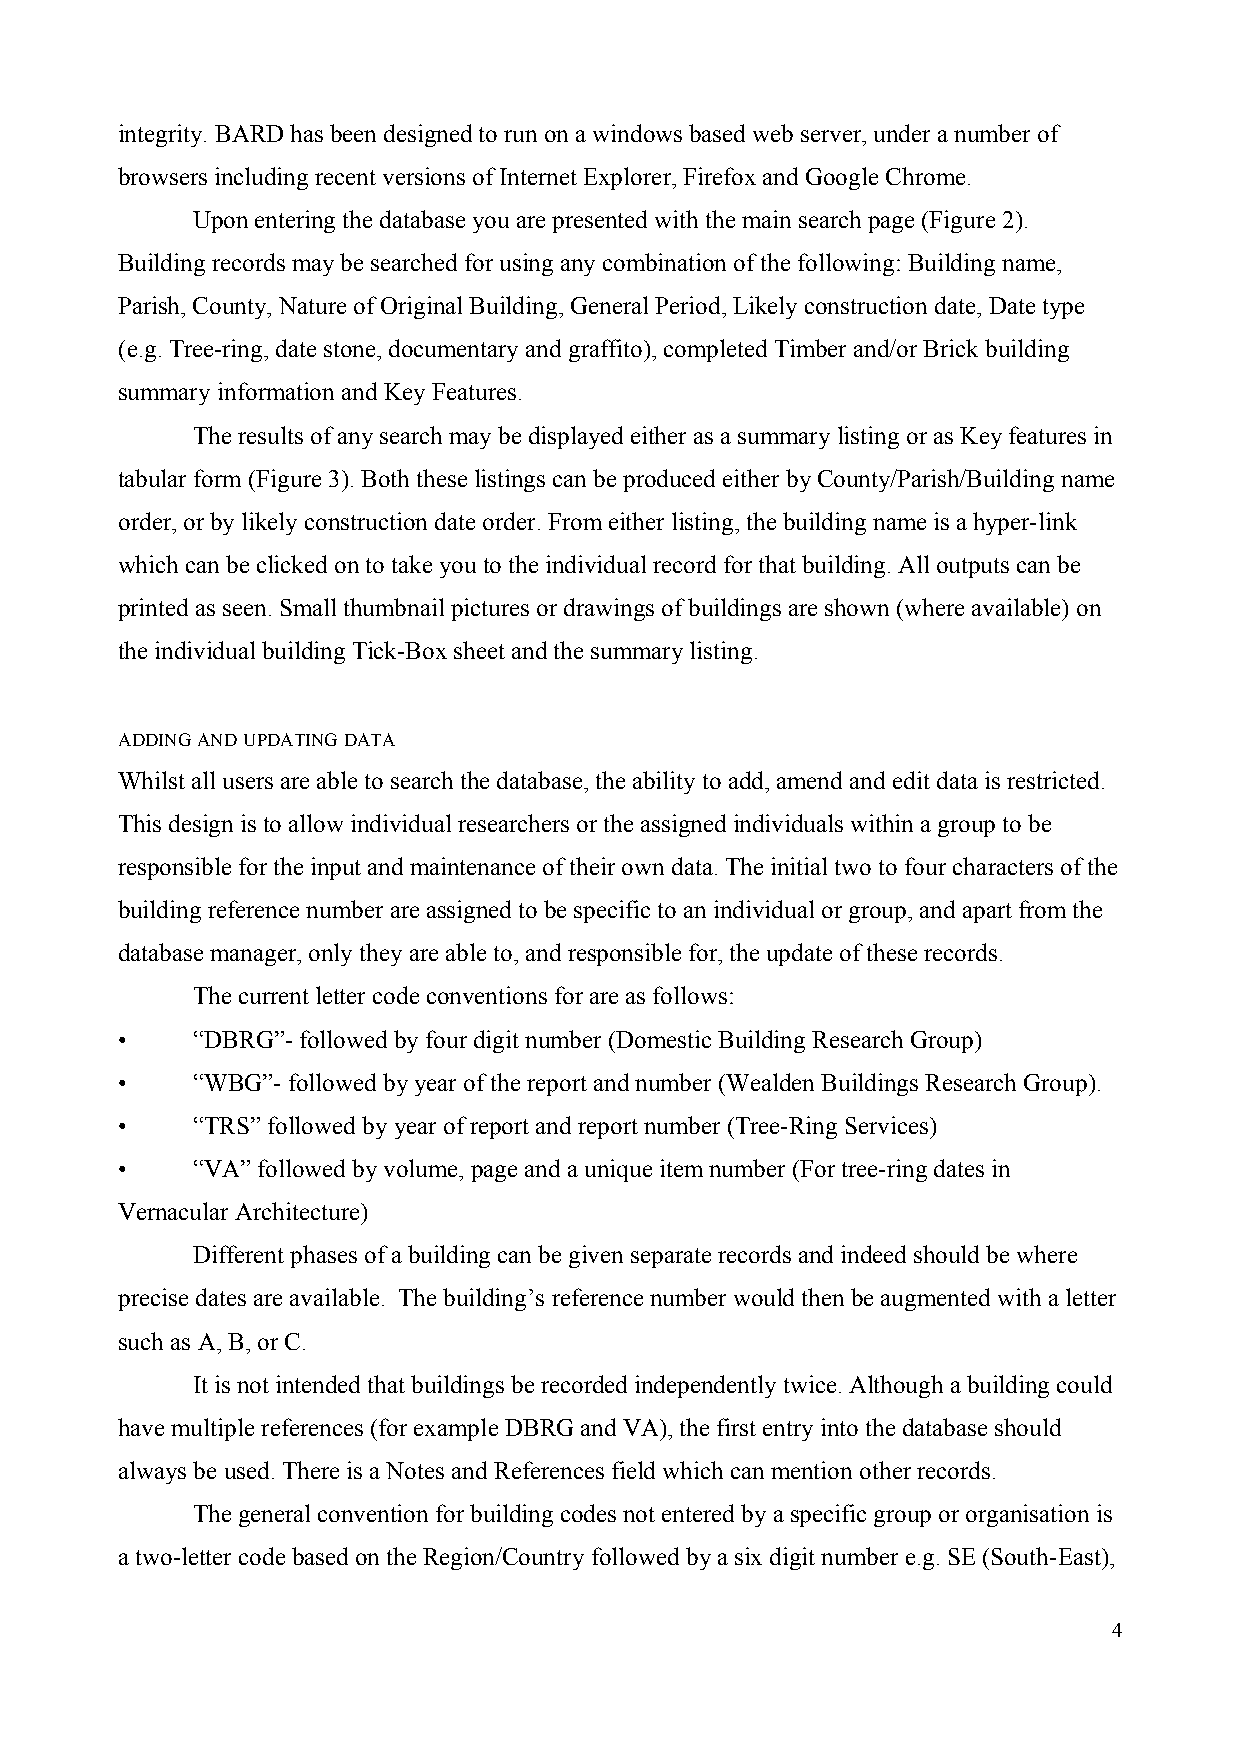
integrity. BARD has been designed to run on a windows based web server, under a number of
 browsers including recent versions of Internet Explorer, Firefox and Google Chrome.
 Upon entering the database you are presented with the main search page (Figure 2).
 Building records may be searched for using any combination of the following: Building name,
 Parish, County, Nature of Original Building, General Period, Likely construction date, Date type
 (e.g. Tree-ring, date stone, documentary and graffito), completed Timber and/or Brick building
 summary information and Key Features.
 The results of any search may be displayed either as a summary listing or as Key features in
 tabular form (Figure 3). Both these listings can be produced either by County/Parish/Building name
 order, or by likely construction date order. From either listing, the building name is a hyper-link
 which can be clicked on to take you to the individual record for that building. All outputs can be
 printed as seen. Small thumbnail pictures or drawings of buildings are shown (where available) on
 the individual building Tick-Box sheet and the summary listing.
 ADDING AND UPDATING DATA
 Whilst all users are able to search the database, the ability to add, amend and edit data is restricted.
 This design is to allow individual researchers or the assigned individuals within a group to be
 responsible for the input and maintenance of their own data. The initial two to four characters of the
 building reference number are assigned to be specific to an individual or group, and apart from the
 database manager, only they are able to, and responsible for, the update of these records.
 The current letter code conventions for are as follows:
 •    “DBRG”- followed by four digit number (Domestic Building Research Group)
 •    “WBG”- followed by year of the report and number (Wealden Buildings Research Group).
 •    “TRS” followed by year of report and report number (Tree-Ring Services)
 •    “VA” followed by volume, page and a unique item number (For tree-ring dates in
 Vernacular Architecture)
 Different phases of a building can be given separate records and indeed should be where
 precise dates are available. The building’s reference number would then be augmented with a letter
 such as A, B, or C.
 It is not intended that buildings be recorded independently twice. Although a building could
 have multiple references (for example DBRG and VA), the first entry into the database should
 always be used. There is a Notes and References field which can mention other records.
 The general convention for building codes not entered by a specific group or organisation is
 a two-letter code based on the Region/Country followed by a six digit number e.g. SE (South-East),
 4